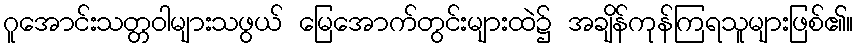
ဂူအောင်းသတ္တဝါများသဖွယ် မြေအောက်တွင်းများထဲ၌ အချိန်ကုန်ကြရသူများဖြစ်၏။